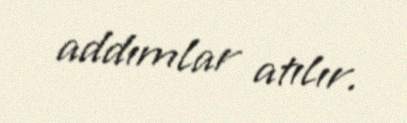
addımlar atılır.